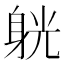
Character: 𨉁